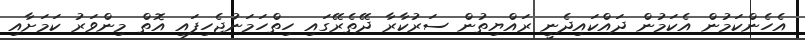
އެހެންކަމުން އެކަމުން ދައްކައިދެނީ ރައްޔިތުން ސަރުކާރާ ދޭތެރޭގައި ހިތްހަމަނުޖެހިފައި އޮތް މިންވަރު ކަމަށާއި